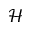
\mathcal { H }